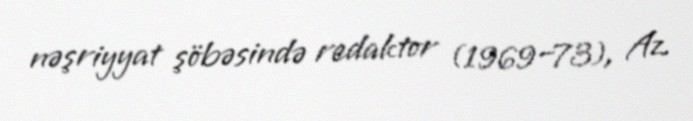
nəşriyyat şöbəsində redaktor (1969–73), Az.